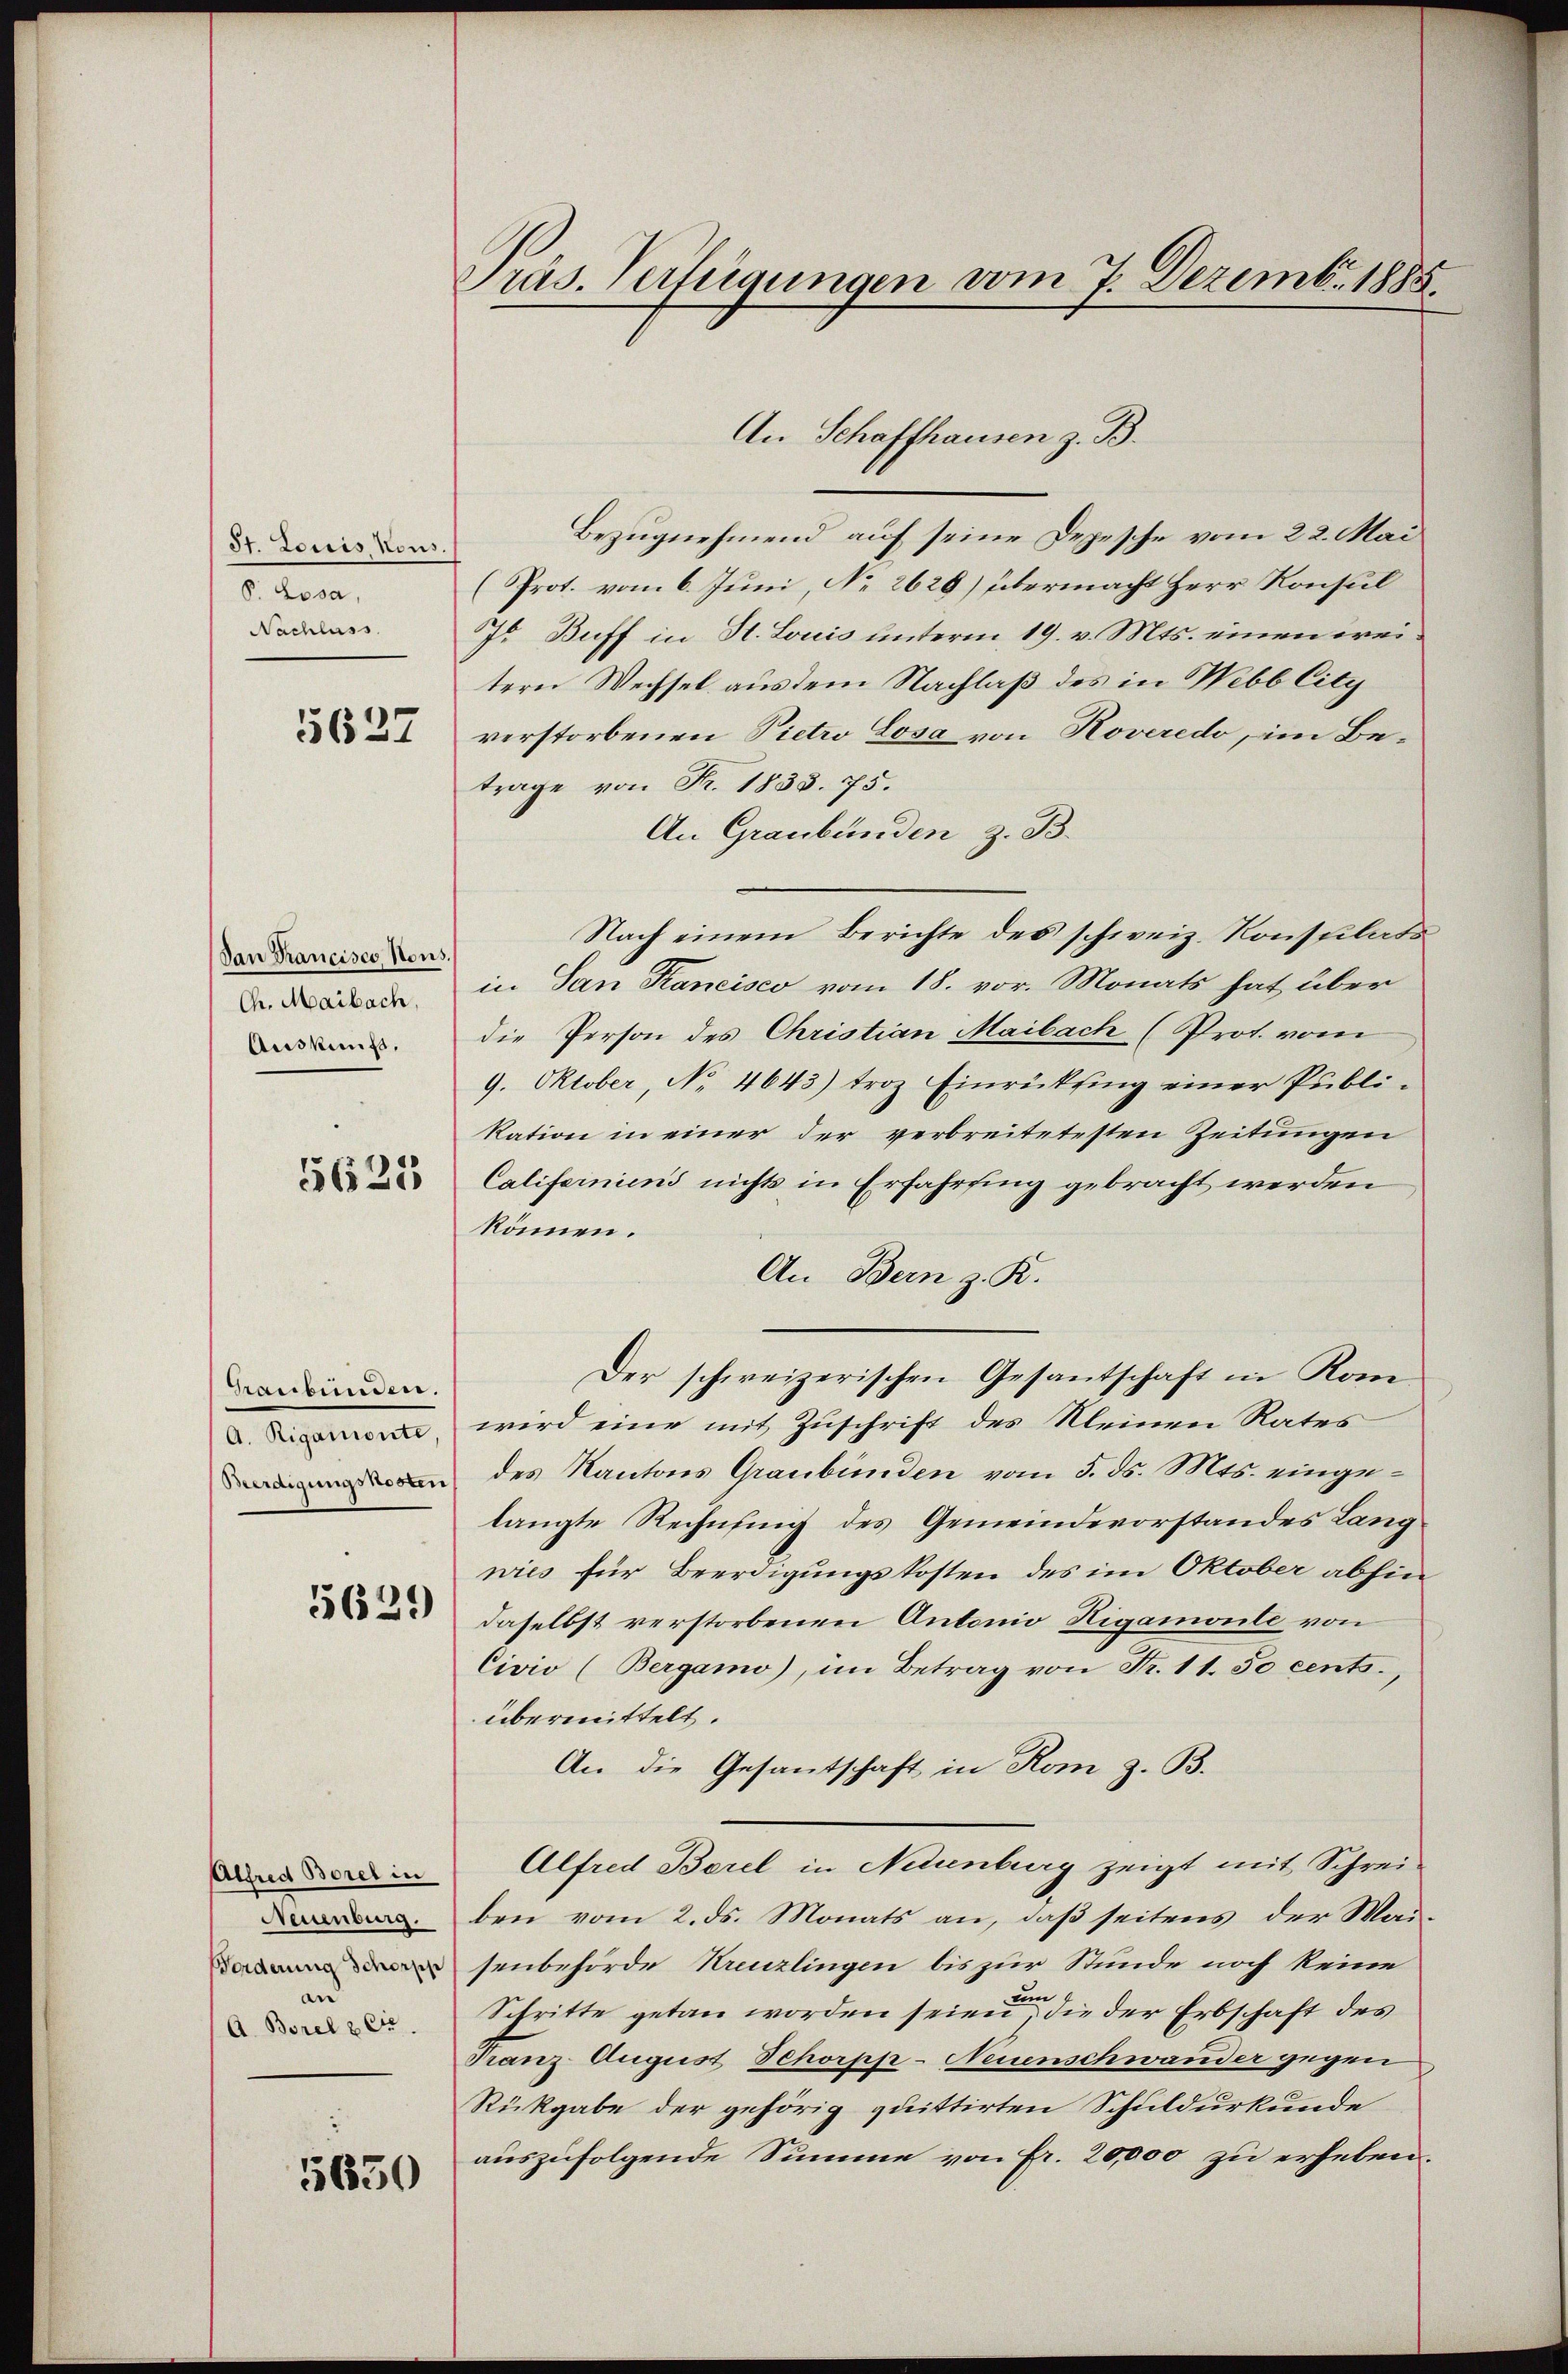
5t. Louis vons
8. Losa,
Nachluss.

5627

dan Francisco Nous.
Chr. Maibach,
Auskunft.

5625

Graubünden.
A. Rigamonte,
Beerdigungskosten

5629

Alfred Borel in
Neuenburg.
Forderung Schorpp
and
A. Borel 204.

5650

Präs. Verfügungen vom 7. Dezemb. 1885.

An Schaffhausen z. B.
Bezugnehmend auf seine Depesche vom 22. Mai
(Prot. vom 6. Juni, No 2629) übermacht Herr Konsul
7 Buff in H. Louis unterm 19. v. Mts. einen weitern Wechsel aus dem Nachlaß des in Nebb City
verstorbenen Pietro Losa von Roveredo, im Betrage von Fr. 1833. 75.
An Graubünden z. B.
in San Krancisco vom 18. vor. Monats hat über
die Person des Christian Maibach (Prot. vom
9. Oktober, No 4643) troz Einrückfing einer Publikation in einer der verbreitetesten Zeitungen
Califainiens nichts in Erfahrsing gebracht werden
können.
An Bern z. K.
Der schweizerischen Gesantschaft in Komwird eine mit Zuschrift des Kleinen Rates
des Kantons Graubünden vom 5. ds. Mts. eingelangte Rechnung des Gemeindevorstandes Lang
wies für Beerdigungskosten des im Oktober abhin
daselbst verstorbenen Antonio Higamonte von
Civio (Bergamo), im Betrag von Fr. 11. 50 cents.,
übermittelt.
An die Gesantschaft in Rom z. B.
Alfred Borel in Neuenburg zeigt mit Schreiben vom 2. ds. Monats an, daß seitens der Maisenbehörde Kreuzlingen bis zur Stunde noch keine
Schritte getan worden seien die der Erbschaft des
Franz-August Schorpp- Neuenschwander gegen
Rückgabe der gehörig quittirten Schuldurkunde
auszufolgende Summe von Fr. 20,000 zu erheben.

Nach einem Berichte des schweiz. Konsulats